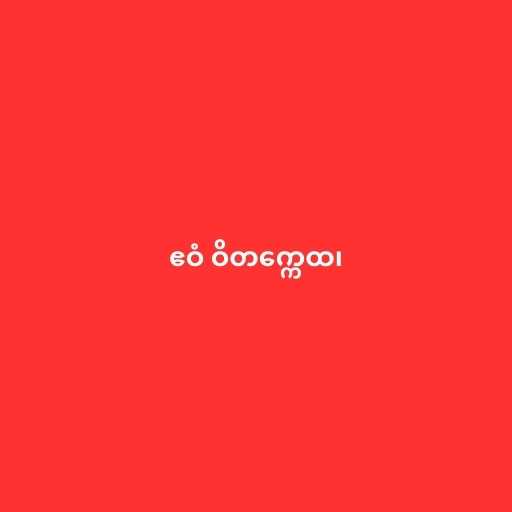
ဧဝံ ဝိတက္ကေထ၊